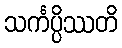
သင်္ကပ္ပိဿတိ